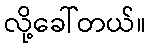
လို့ခေါ်တယ်။